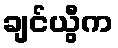
ချင်ယွီက